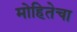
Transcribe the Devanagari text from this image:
मोहितेचा